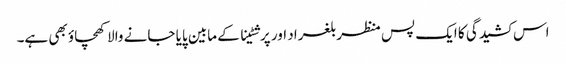
اس کشیدگی کا ایک پس منظر بلغراد اور پرشٹینا کے مابین پایا جانے والا کھچاؤ بھی ہے۔